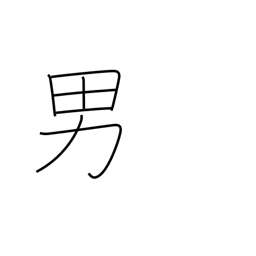
Meaning: male